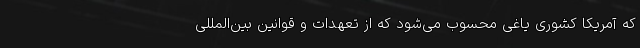
که آمریکا کشوری یاغی محسوب می‌شود که از تعهدات و قوانین بین‌المللی